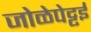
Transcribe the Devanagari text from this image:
जोळेपेट्टई